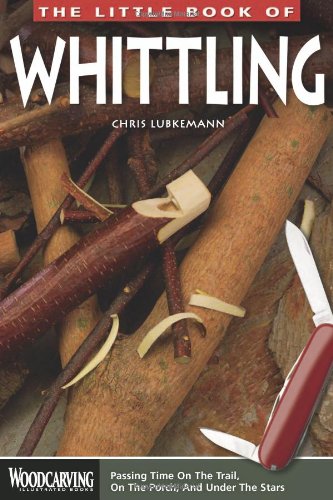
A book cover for Little Book of Whittling, The: Passing Time on the trail, on the Porch, and Under the Stars (Woodcarving Illustrated Books); Chris Lubkemann; Crafts, Hobbies & Home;